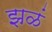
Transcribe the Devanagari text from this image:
झळं